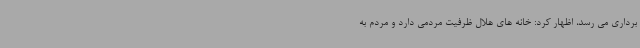
برداری می رسد، اظهار کرد: خانه های هلال ظرفیت مردمی دارد و مردم به